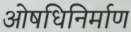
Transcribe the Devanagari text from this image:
ओषधिनिर्माण